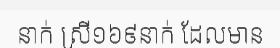
នាក់ ស្រី១៦៩នាក់ ដែលមាន